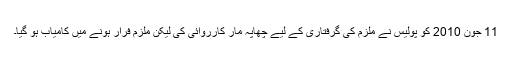
11 جون 2010 کو پولیس نے ملزم کی گرفتاری کے لیے چھاپہ مار کارروائی کی لیکن ملزم فرار ہونے میں کامیاب ہو گیا۔